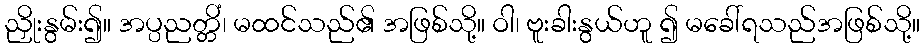
ညှိုးနွမ်း၍။ အပ္ပညတ္တိံ၊ မထင်သည်၏ အဖြစ်သို့။ ဝါ၊ ဗူးခါးနွယ်ဟူ ၍ မခေါ်ရသည်အဖြစ်သို့။